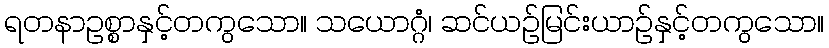
ရတနာဥစ္စာနှင့်တကွသော။ သယောဂ္ဂံ၊ ဆင်ယဉ်မြင်းယာဉ်နှင့်တကွသော။